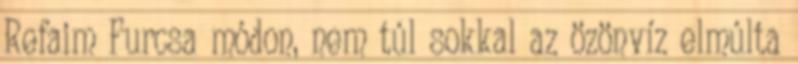
Refaim Furcsa módon, nem túl sokkal az özönvíz elmúlta